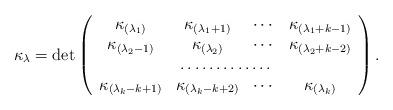
LaTeX: \begin{align*}\kappa_\lambda = \det \left(\begin{array}{cccc}\kappa_{(\lambda_1)} & \kappa_{(\lambda_1+1)} & \cdots & \kappa_{(\lambda_1+k-1)} \\\kappa_{(\lambda_2-1)} & \kappa_{(\lambda_2)} & \cdots & \kappa_{(\lambda_2+k-2)} \\ & \multicolumn{2}{c}{\dotfill}\\\kappa_{(\lambda_k-k+1)} & \kappa_{(\lambda_k-k+2)} & \cdots & \kappa_{(\lambda_k)}\end{array} \right).\end{align*}